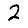
Digit: 2